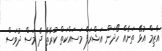
އާޒިމް އުޅޭ ތަނެއް ހޯދަން އަޝްރަފް މަސައްކަތް ކުރާތާ ދެ މަސް ދުވަސް